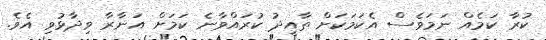
ކުރާ ކަމެއް ނަމަވެސް އެކަމަކަށް ތާއީދު ކުރައްވާނެ ކަމަށް އަނާރާ ވިދާޅުވި އެވެ.